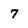
Character: 7